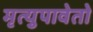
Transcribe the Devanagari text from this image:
मृत्युपावेतो